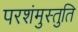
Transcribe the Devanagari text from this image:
परशंमुस्तुति